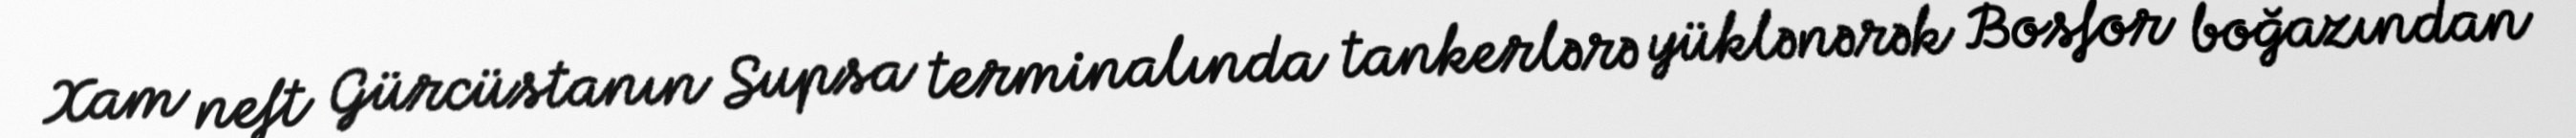
Xam neft Gürcüstanın Supsa terminalında tankerlərə yüklənərək Bosfor boğazından